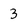
Character: 3